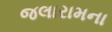
જલારામના